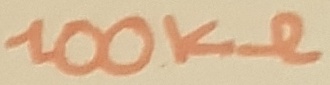
Text: 100KΩ